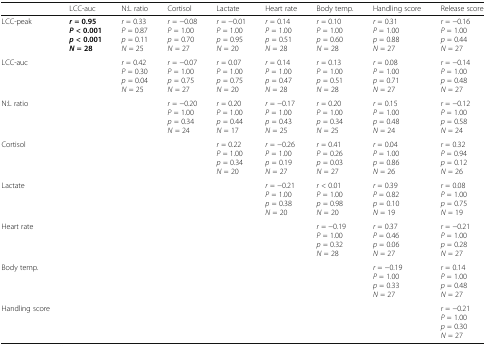
<table><thead><tr><td></td><td><b>LCC-auc</b></td><td><b>N:L ratio</b></td><td><b>Cortisol</b></td><td><b>Lactate</b></td><td><b>Heart rate</b></td><td><b>Body temp.</b></td><td><b>Handling score</b></td><td><b>Release score</b></td></tr></thead><tbody><tr><td>LCC-peak</td><td><b><i>r</i></b> <b>= 0.95</b><b><i>P</i></b> <b>&lt; 0.001</b><b><i>p</i></b> <b>&lt; 0.001</b><b><i>N</i></b> <b>= 28</b></td><td><i>r</i> = 0.33<i>P</i> = 0.87<i>p</i> = 0.11<i>N</i> = 25</td><td><i>r</i> = −0.08<i>P</i> = 1.00<i>p</i> = 0.70<i>N</i> = 27</td><td><i>r</i> = −0.01<i>P</i> = 1.00<i>p</i> = 0.95<i>N</i> = 20</td><td><i>r</i> = 0.14<i>P</i> = 1.00<i>p</i> = 0.51<i>N</i> = 28</td><td><i>r</i> = 0.10<i>P</i> = 1.00<i>p</i> = 0.60<i>N</i> = 28</td><td><i>r</i> = 0.31<i>P</i> = 1.00<i>p</i> = 0.88<i>N</i> = 27</td><td><i>r</i> = −0.16<i>P</i> = 1.00<i>p</i> = 0.44<i>N</i> = 27</td></tr><tr><td>LCC-auc</td><td></td><td><i>r</i> = 0.42<i>P</i> = 0.30<i>p</i> = 0.04<i>N</i> = 25</td><td><i>r</i> = −0.07<i>P</i> = 1.00<i>p</i> = 0.75<i>N</i> = 27</td><td><i>r</i> = 0.07<i>P</i> = 1.00<i>p</i> = 0.75<i>N</i> = 20</td><td><i>r</i> = 0.14<i>P</i> = 1.00<i>p</i> = 0.47<i>N</i> = 28</td><td><i>r</i> = 0.13<i>P</i> = 1.00<i>p</i> = 0.51<i>N</i> = 28</td><td><i>r</i> = 0.08<i>P</i> = 1.00<i>p</i> = 0.71<i>N</i> = 27</td><td><i>r</i> = −0.14<i>P</i> = 1.00<i>p</i> = 0.48<i>N</i> = 27</td></tr><tr><td>N:L ratio</td><td></td><td></td><td><i>r</i> = −0.20<i>P</i> = 1.00<i>p</i> = 0.34<i>N</i> = 24</td><td><i>r</i> = 0.20<i>P</i> = 1.00<i>p</i> = 0.44<i>N</i> = 17</td><td><i>r</i> = −0.17<i>P</i> = 1.00<i>p</i> = 0.43<i>N</i> = 25</td><td><i>r</i> = 0.20<i>P</i> = 1.00<i>p</i> = 0.34<i>N</i> = 25</td><td><i>r</i> = 0.15<i>P</i> = 1.00<i>p</i> = 0.48<i>N</i> = 24</td><td><i>r</i> = −0.12<i>P</i> = 1.00<i>p</i> = 0.58<i>N</i> = 24</td></tr><tr><td>Cortisol</td><td></td><td></td><td></td><td><i>r</i> = 0.22<i>P</i> = 1.00<i>p</i> = 0.34<i>N</i> = 20</td><td><i>r</i> = −0.26<i>P</i> = 1.00<i>p</i> = 0.19<i>N</i> = 27</td><td><i>r</i> = 0.41<i>P</i> = 0.26<i>p</i> = 0.03<i>N</i> = 27</td><td><i>r</i> = 0.04<i>P</i> = 1.00<i>p</i> = 0.86<i>N</i> = 26</td><td><i>r</i> = 0.32<i>P</i> = 0.94<i>p</i> = 0.12<i>N</i> = 26</td></tr><tr><td>Lactate</td><td></td><td></td><td></td><td></td><td><i>r</i> = −0.21<i>P</i> = 1.00<i>p</i> = 0.38<i>N</i> = 20</td><td><i>r</i> &lt; 0.01<i>P</i> = 1.00<i>p</i> = 0.98<i>N</i> = 20</td><td><i>r</i> = 0.39<i>P</i> = 0.82<i>p</i> = 0.10<i>N</i> = 19</td><td><i>r</i> = 0.08<i>P</i> = 1.00<i>p</i> = 0.75<i>N</i> = 19</td></tr><tr><td>Heart rate</td><td></td><td></td><td></td><td></td><td></td><td><i>r</i> = −0.19<i>P</i> = 1.00<i>p</i> = 0.32<i>N</i> = 28</td><td><i>r</i> = 0.37<i>P</i> = 0.46<i>p</i> = 0.06<i>N</i> = 27</td><td><i>r</i> = −0.21<i>P</i> = 1.00<i>p</i> = 0.28<i>N</i> = 27</td></tr><tr><td>Body temp.</td><td></td><td></td><td></td><td></td><td></td><td></td><td><i>r</i> = −0.19<i>P</i> = 1.00<i>p</i> = 0.33<i>N</i> = 27</td><td><i>r</i> = 0.14<i>P</i> = 1.00<i>p</i> = 0.48<i>N</i> = 27</td></tr><tr><td>Handling score</td><td></td><td></td><td></td><td></td><td></td><td></td><td></td><td><i>r</i> = −0.21<i>P</i> = 1.00<i>p</i> = 0.30<i>N</i> = 27</td></tr></tbody></table>